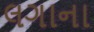
લગાના